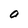
Character: O